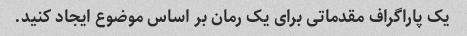
یک پاراگراف مقدماتی برای یک رمان بر اساس موضوع ایجاد کنید.